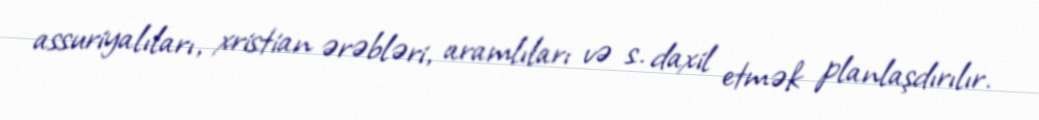
assuriyalıları, xristian ərəbləri, aramlıları və s. daxil etmək planlaşdırılır.